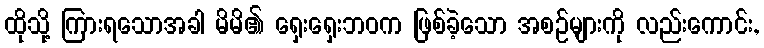
ထိုသို့ ကြားရသောအခါ မိမိ၏ ရှေးရှေးဘဝက ဖြစ်ခဲ့သော အစဉ်များကို လည်းကောင်း,